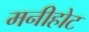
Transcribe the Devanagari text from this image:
मनीहोट